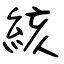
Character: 絯